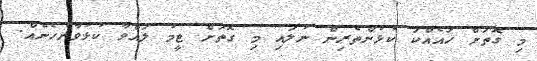
މި ގޮތަށް ހައެއްކަ ކުޅުންތެރިން ނުލައި މި ގޮތަށް ޓީމު ލައްވާ ކުޅުވާނެހެނެއް.